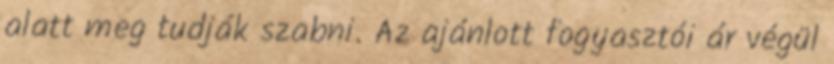
alatt meg tudják szabni. Az ajánlott fogyasztói ár végül